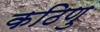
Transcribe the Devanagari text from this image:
कठिणु